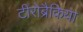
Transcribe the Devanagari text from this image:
टीरोब्रैकिया